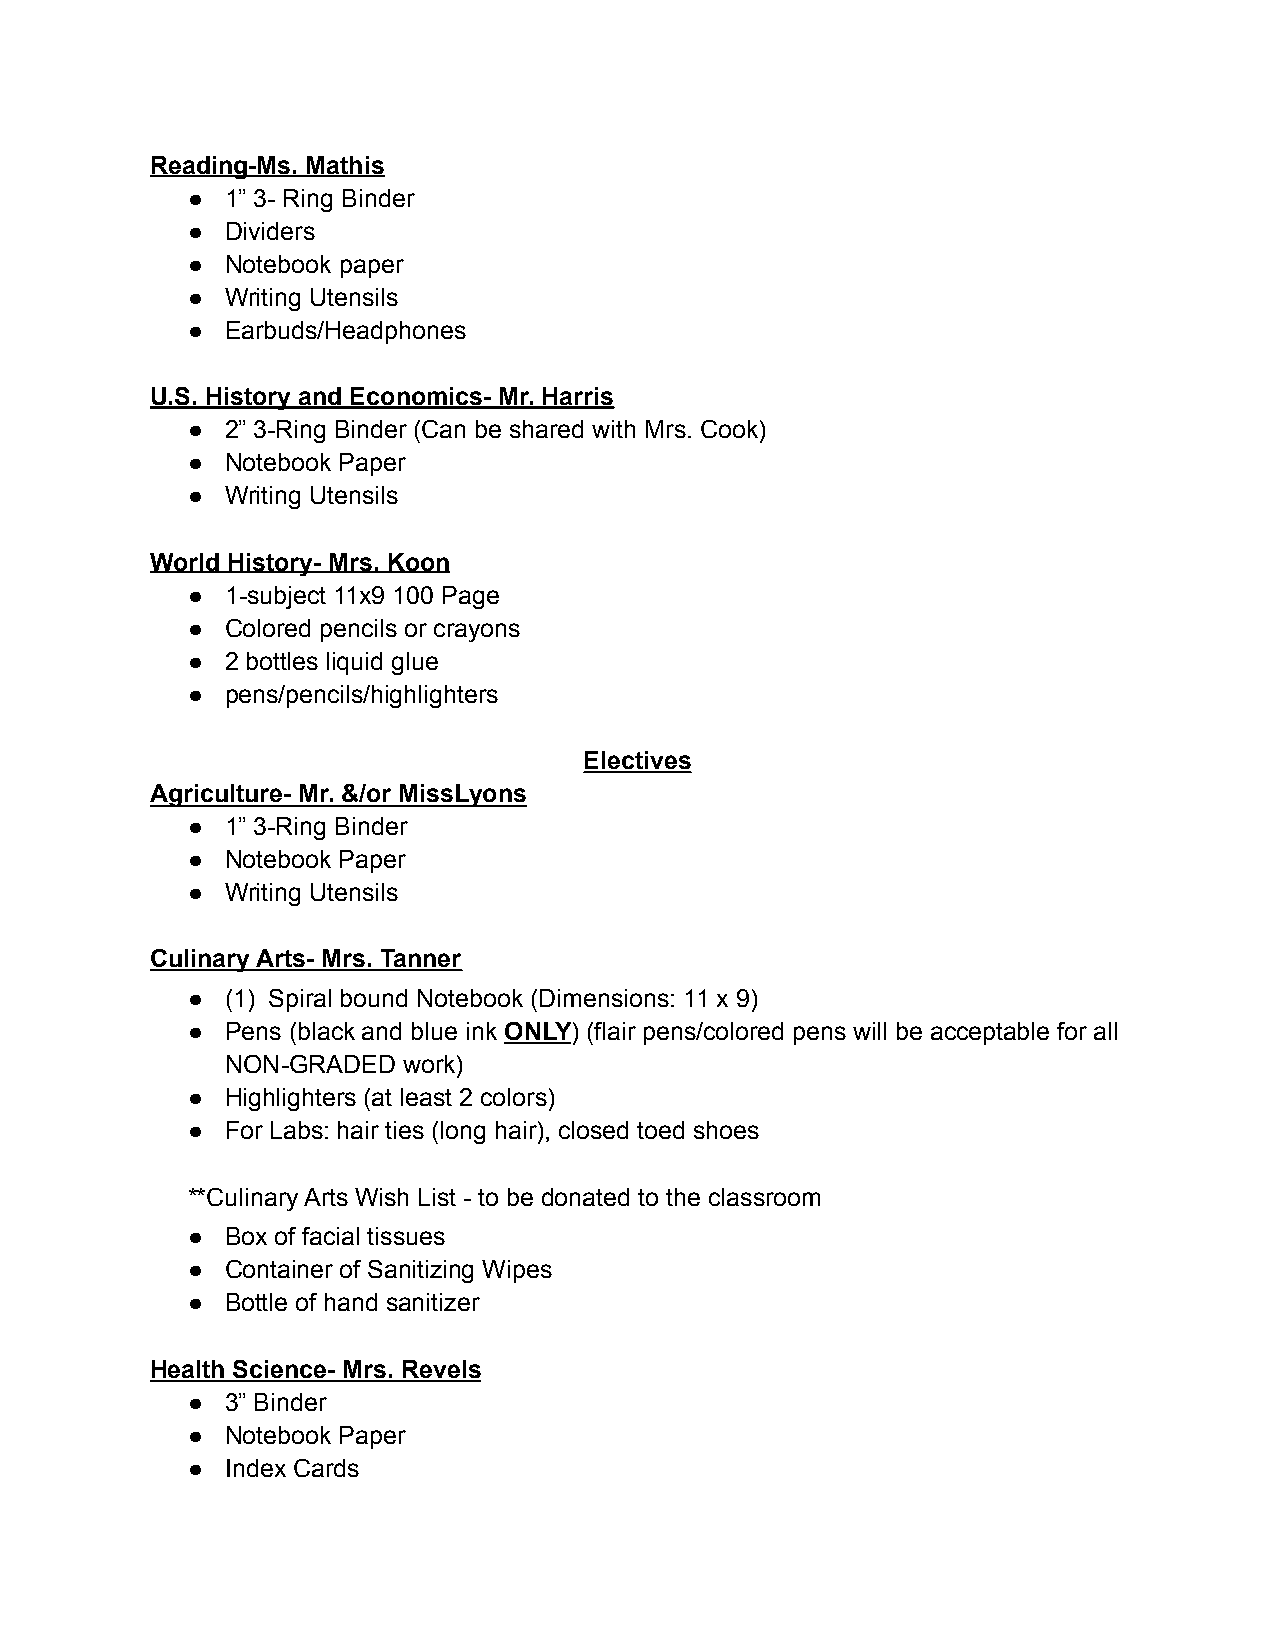
Reading-Ms. Mathis
 ●  1” 3- Ring Binder
 ●  Dividers
 ●  Notebook paper
 ●  Writing Utensils
 ●  Earbuds/Headphones
 U.S. History and Economics- Mr. Harris
 ●  2” 3-Ring Binder (Can be shared with Mrs. Cook)
 ●  Notebook Paper
 ●  Writing Utensils
 World History- Mrs. Koon
 ●  1-subject 11x9 100 Page
 ●  Colored pencils or crayons
 ●  2 bottles liquid glue
 ●  pens/pencils/highlighters
 Electives
 Agriculture- Mr. &/or MissLyons
 ●  1” 3-Ring Binder
 ●  Notebook Paper
 ●  Writing Utensils
 Culinary Arts- Mrs. Tanner
 ●  (1) Spiral bound Notebook (Dimensions: 11 x 9)
 ●  Pens (black and blue ink ONLY) (flair pens/colored pens will be acceptable for all
 NON-GRADED  work)
 ●  Highlighters (at least 2 colors)
 ●  For Labs: hair ties (long hair), closed toed shoes
 **Culinary Arts Wish List - to be donated to the classroom
 ●  Box of facial tissues
 ●  Container of Sanitizing Wipes
 ●  Bottle of hand sanitizer
 Health Science- Mrs. Revels
 ●  3” Binder
 ●  Notebook Paper
 ●  Index Cards